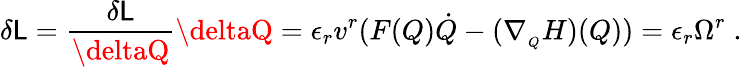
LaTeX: \delta\mathsf{L}=\frac{{\delta\mathsf{L}}}{{\deltaQ}}\deltaQ=\epsilon_{r}v^{r}(F(Q)\dot{{Q}}-(\nabla_{_Q}H)(Q))=\epsilon_{r}\Omega^{r}\; .